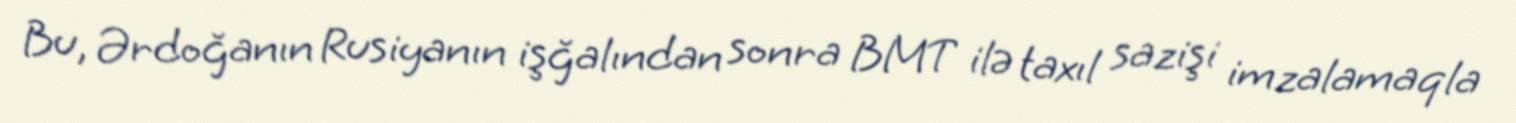
Bu, Ərdoğanın Rusiyanın işğalından sonra BMT ilə taxıl sazişi imzalamaqla